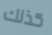
كذلك